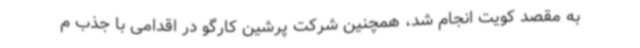
به مقصد کویت انجام شد، همچنین شرکت پرشین کارگو در اقدامی با جذب م